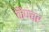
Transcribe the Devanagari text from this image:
कैपचर